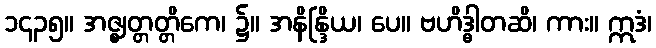
၁၄၃၅။ အဇ္ဈတ္တတ္တိကေ၊ ၌။ အနိန္ဒြိယ၊ ပေ။ ဗဟိဒ္ဓါတဆိ၊ ကား။ ဣဒံ၊